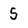
Character: 5